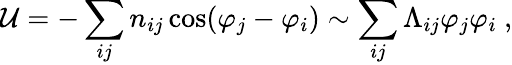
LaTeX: \mathcal{U}=-\sum_{ij}n_{ij}\cos(\varphi_{j}-\varphi_{i})\sim\sum_{ij}\Lambda_{ij}\varphi_{j}\varphi_{i}\ ,